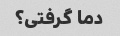
دما گرفتی؟